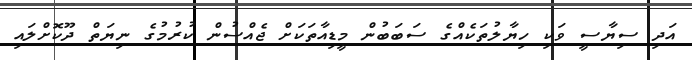
އަދި ސިޔާސީ ވަކި ހިޔާލުތަކެއްގެ ސަބަބުން މީޑިއާތަކަށް ޖެއްސުން ކުރުމުގެ ނިޔަތް ދޫކޮށްލައި